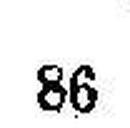
86